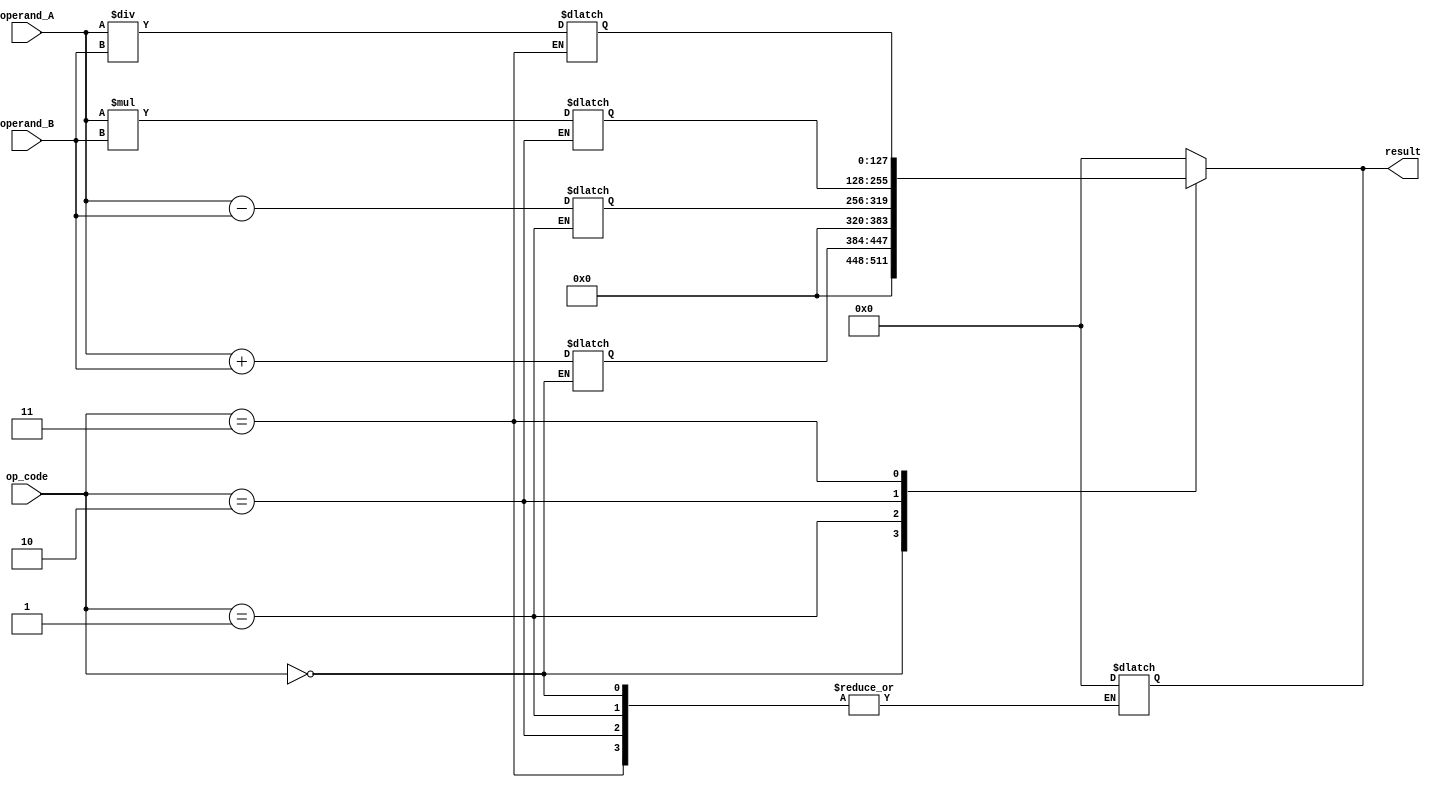
module extended_precision_fpu (
    input [63:0] operand_A,
    input [63:0] operand_B,
    input [2:0] op_code,
    output reg [127:0] result);

reg [63:0] add_result;
reg [63:0] sub_result;
reg [127:0] mul_result;
reg [127:0] div_result;

always @(*) begin
    case(op_code)
        3'b000: begin // Addition
            add_result = operand_A + operand_B;
        end
        3'b001: begin // Subtraction
            sub_result = operand_A - operand_B;
        end
        3'b010: begin // Multiplication
            mul_result = operand_A * operand_B;
        end
        3'b011: begin // Division
            div_result = operand_A / operand_B;
        end
        default: begin
            result = 128'h0; // Default case
        end
    endcase
end

always @(*) begin
    case(op_code)
        3'b000: begin // Addition
            result = {64'h0, add_result};
        end
        3'b001: begin // Subtraction
            result = {64'h0, sub_result};
        end
        3'b010: begin // Multiplication
            result = mul_result;
        end
        3'b011: begin // Division
            result = div_result;
        end
        default: begin
            result = 128'h0; // Default case
        end
    endcase
end

endmodule